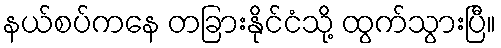
နယ်စပ်ကနေ တခြားနိုင်ငံသို့ ထွက်သွားပြီ။